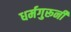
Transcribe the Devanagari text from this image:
धर्मगुरूनी